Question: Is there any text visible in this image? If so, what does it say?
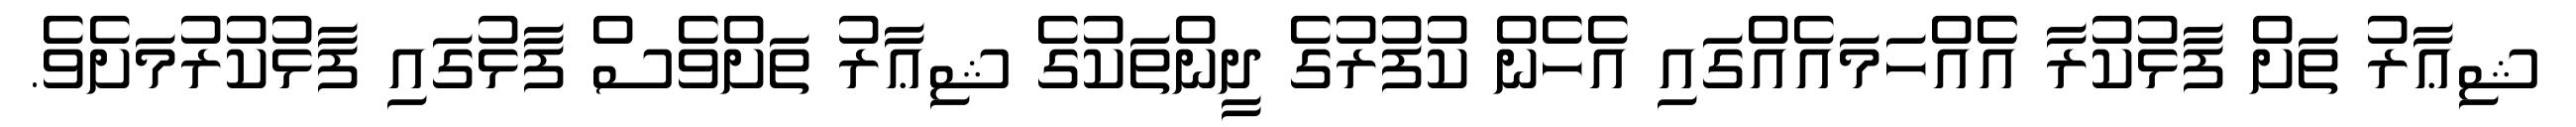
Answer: ޝިޢާރު ތަށް ފާޅުކުރާ އެެއްހަމައެއްގައި އެހެން ކުފުރުގެ ދީންތަކުގެ ޝިޢާރު ތަށްވެސް ފާޅުގައި ފާޅުކުރުމަށެވެ.